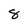
Character: 8